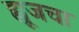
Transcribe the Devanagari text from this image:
ह्यूजचा